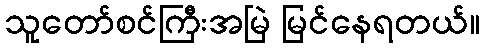
သူတော်စင်ကြီးအမြဲ မြင်နေရတယ်။